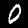
Digit: 0